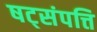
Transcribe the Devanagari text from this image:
षट्‌संपत्ति